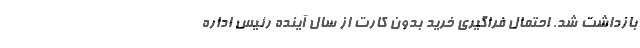
بازداشت شد. احتمال فراگیری خرید بدون کارت از سال آینده رئیس اداره